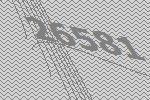
26581